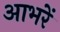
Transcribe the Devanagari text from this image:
आभरें